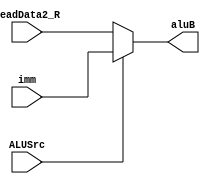
module ALU_B(
    input ALUSrc,
    input [31:0] readData2_R,
    input [31:0] imm,
    output reg [31:0] aluB
);
    always @(*) begin
        if(ALUSrc == 1'b0) aluB = readData2_R; // rs2
        else aluB = imm; // imm
    end
endmodule